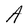
Character: A